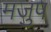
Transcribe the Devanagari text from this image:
मजुप